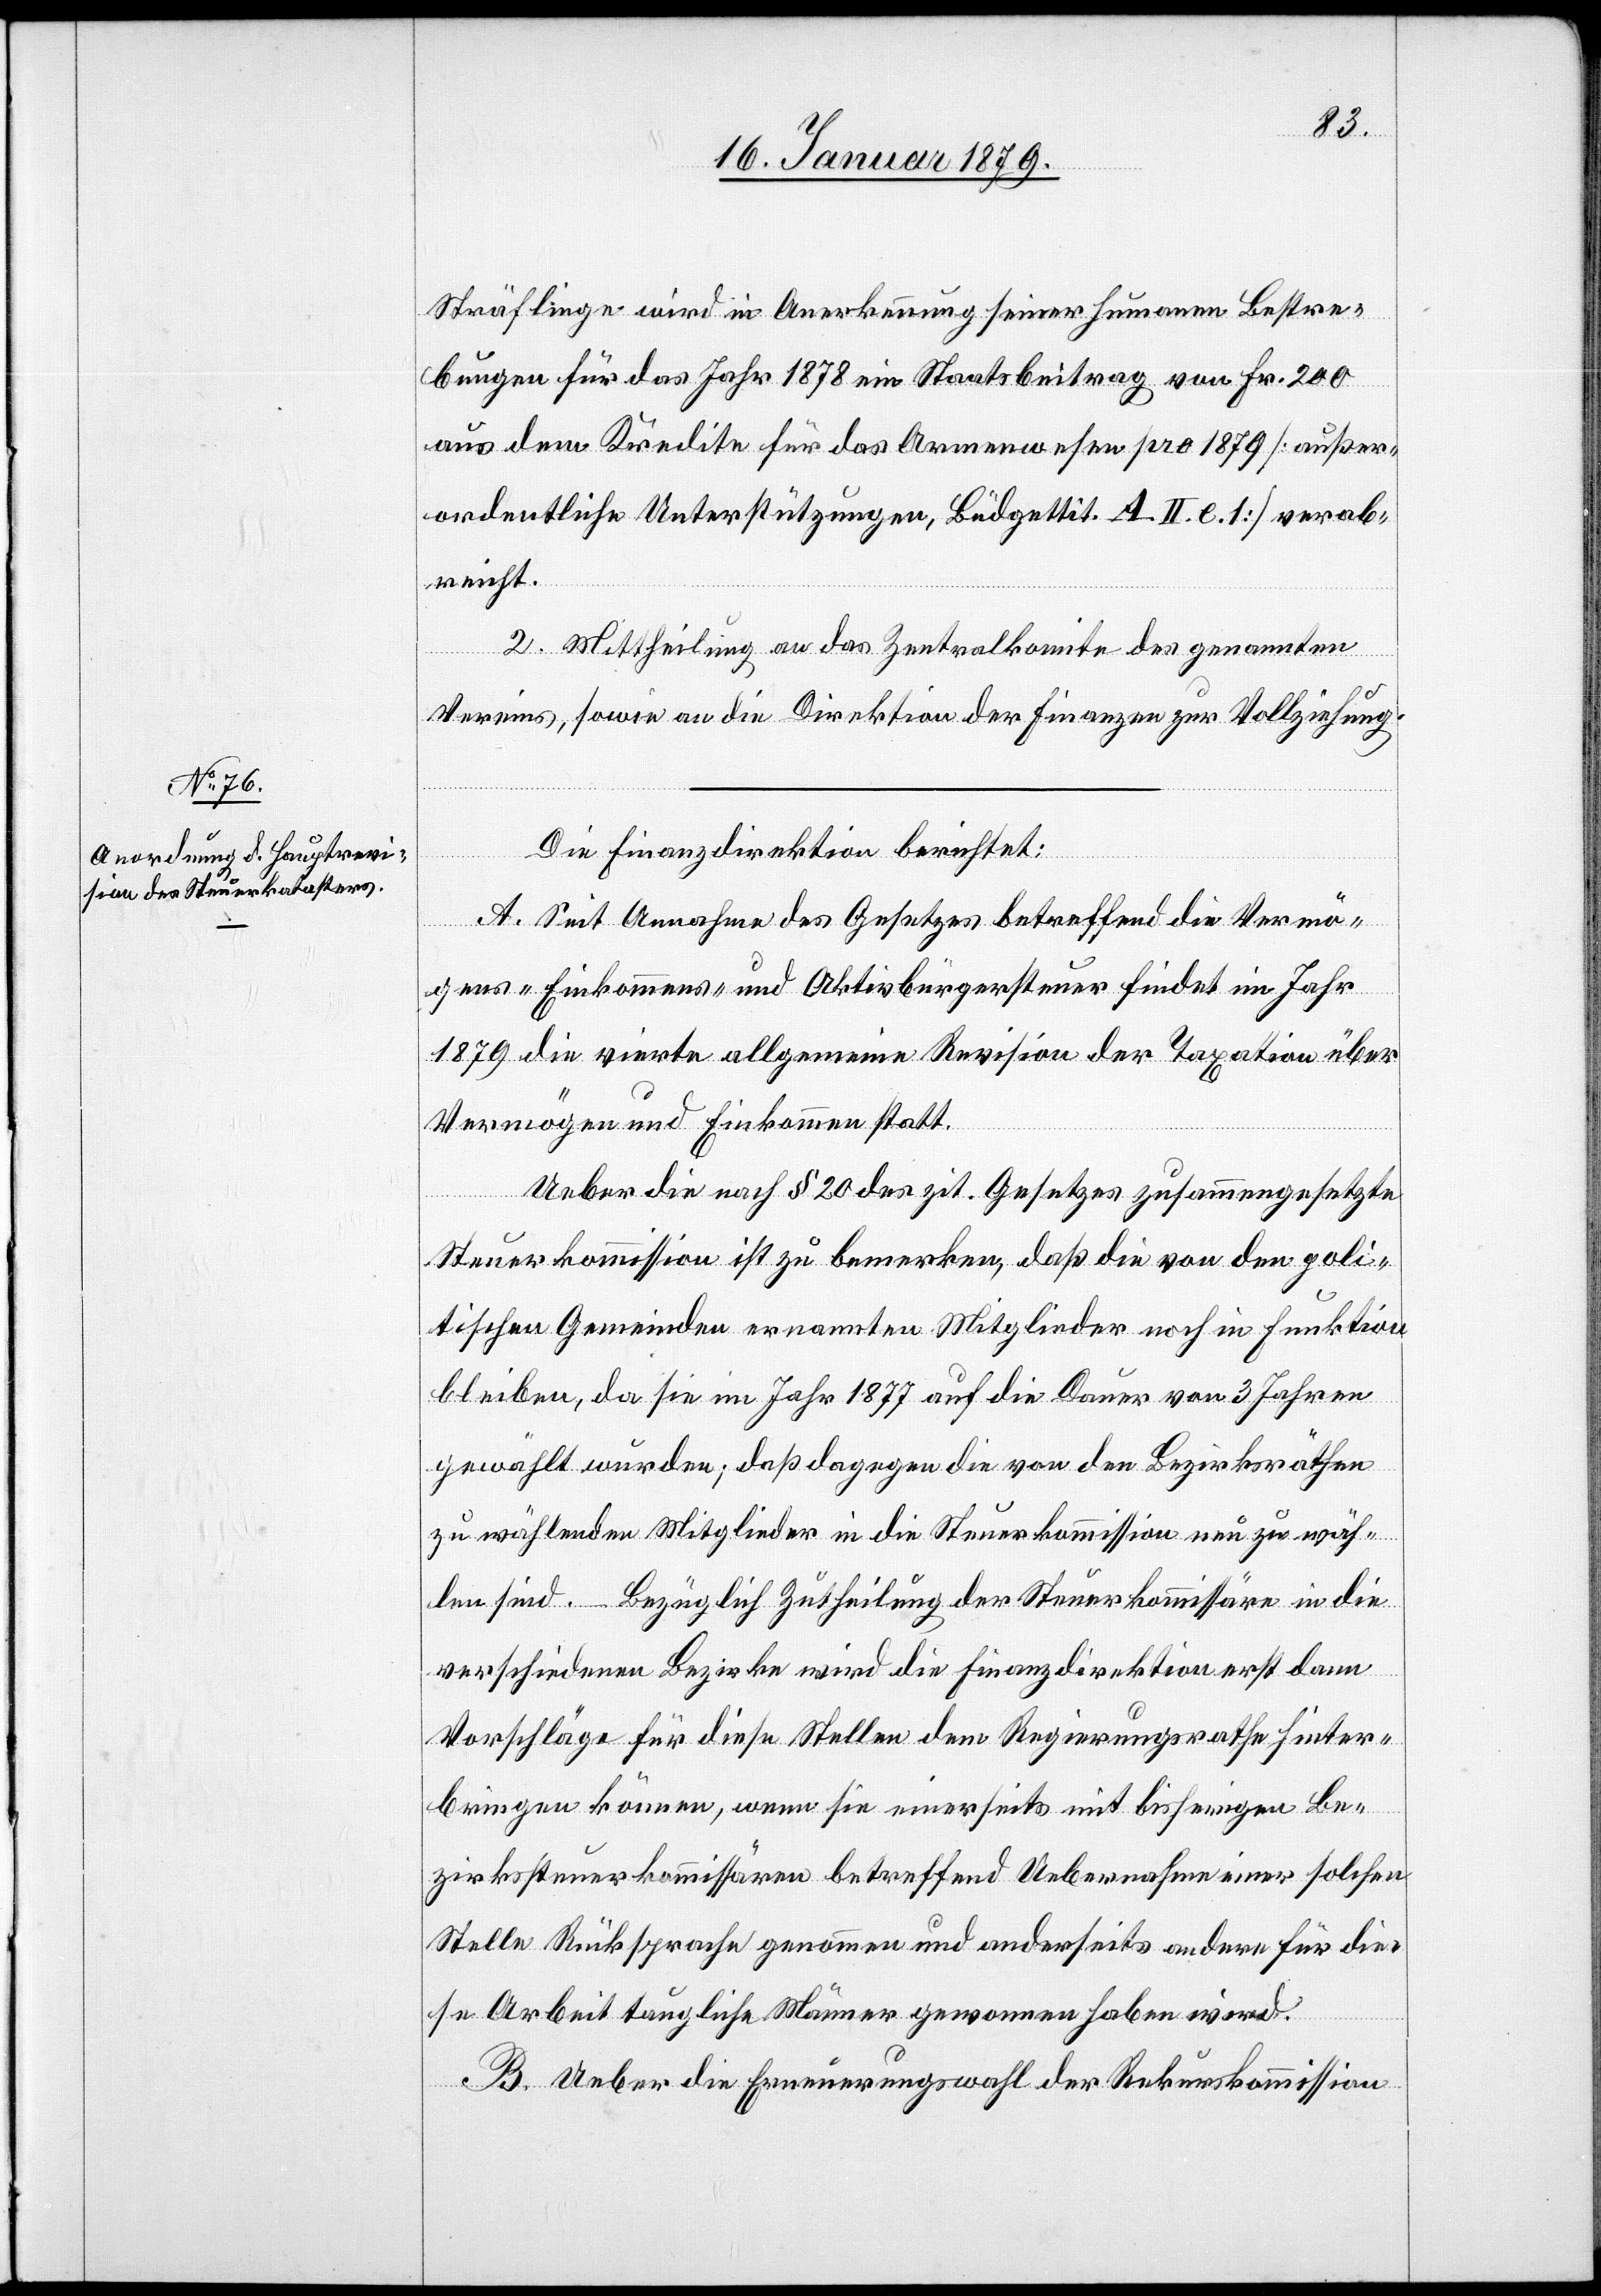
Sträflinge wird in Anerkennung seiner humanen Bestre¬
bungen für das Jahr 1878 ein Staatsbeitrag von Fr. 200
aus dem Kredite für das Armenwesen pro 1879 [außer¬
ordentliche Unterstützungen, Büdgettit. A. II. c. 1] verab¬
reicht.
2. Mittheilung an das Zentralkomite des genannten
Vereins, sowie an die Direktion der Finanzen zur Vollziehung.
Die Finanzdirektion berichtet:
A. Seit Annahme des Gesetzes betreffend die Vermö¬
gens-[,] Einkommens- und Aktivbürgersteuer findet im Jahr
1879 die vierte allgemeine Revision der Taxation über
Vermögen und Einkommen statt.
Ueber die nach § 20 des zit. Gesetzes zusammengesetzte
Steuerkommission ist zu bemerken, daß die von den poli¬
tischen Gemeinden ernannten Mitglieder noch in Funktion
bleiben, da sie im Jahr 1877 auf die Dauer von 3 Jahren
gewählt wurden; daß dagegen die von den Bezirksräthen
zu wählenden Mitglieder in die Steuerkommission neu zu wäh¬
len sind. Bezüglich Zutheilung der Steuerkommissäre in die
verschiedenen Bezirke wird die Finanzdirektion erst dann
Vorschläge für die Stellen dem Regierungsrathe hinter¬
bringen können, wenn sie einerseits mit bisherigen Be¬
zirkssteuerkommissären betreffend Uebernahme einer solchen
Stelle Rücksprache genommen und anderseits andere für die¬
se Arbeit taugliche Männer gewonnen haben wird.
B. Ueber die Erneuerungswahl der Rekurskommission